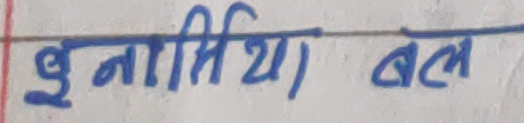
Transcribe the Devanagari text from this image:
धुनाभिया बल